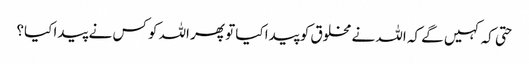
حتی کہ کہیں گے کہ اللہ نے مخلوق کو پیدا کیا تو پھر اللہ کو کس نے پیدا کیا؟